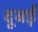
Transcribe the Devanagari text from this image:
दूबई